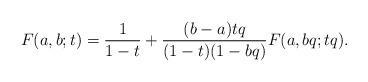
LaTeX: \begin{align*}F(a,b;t) = \frac{1}{1-t}+ \frac{(b-a)tq}{(1-t)(1-bq)}F(a,bq;tq).\end{align*}